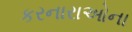
કરનારાઓના